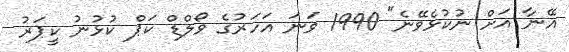
އޭނާ އަށް ނުކުޅެވޭނެ" 1990 ވަނަ އަހަރުގެ ވޯލްޑް ކަޕް ކުޅުނު ކީޕަރު